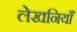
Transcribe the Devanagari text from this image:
लेखनियाँ